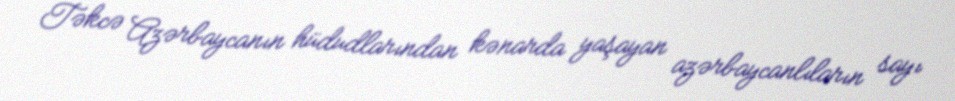
Təkcə Azərbaycanın hüdudlarından kənarda yaşayan azərbaycanlıların sayı